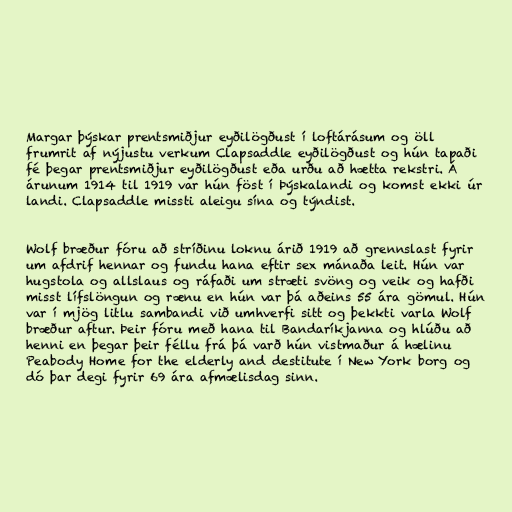
Margar þýskar prentsmiðjur eyðilögðust í loftárásum og öll
frumrit af nýjustu verkum Clapsaddle eyðilögðust og hún tapaði
fé þegar prentsmiðjur eyðilögðust eða urðu að hætta rekstri. Á
árunum 1914 til 1919 var hún föst í Þýskalandi og komst ekki úr
landi. Clapsaddle missti aleigu sína og týndist.

Wolf bræður fóru að stríðinu loknu árið 1919 að grennslast fyrir
um afdrif hennar og fundu hana eftir sex mánaða leit. Hún var
hugstola og allslaus og ráfaði um stræti svöng og veik og hafði
misst lífslöngun og rænu en hún var þá aðeins 55 ára gömul. Hún
var í mjög litlu sambandi við umhverfi sitt og þekkti varla Wolf
bræður aftur. Þeir fóru með hana til Bandaríkjanna og hlúðu að
henni en þegar þeir féllu frá þá varð hún vistmaður á hælinu
Peabody Home for the elderly and destitute í New York borg og
dó þar degi fyrir 69 ára afmælisdag sinn.